Annual vaccination report of Bihar and Orissa - 1911-1928
Year: 1911
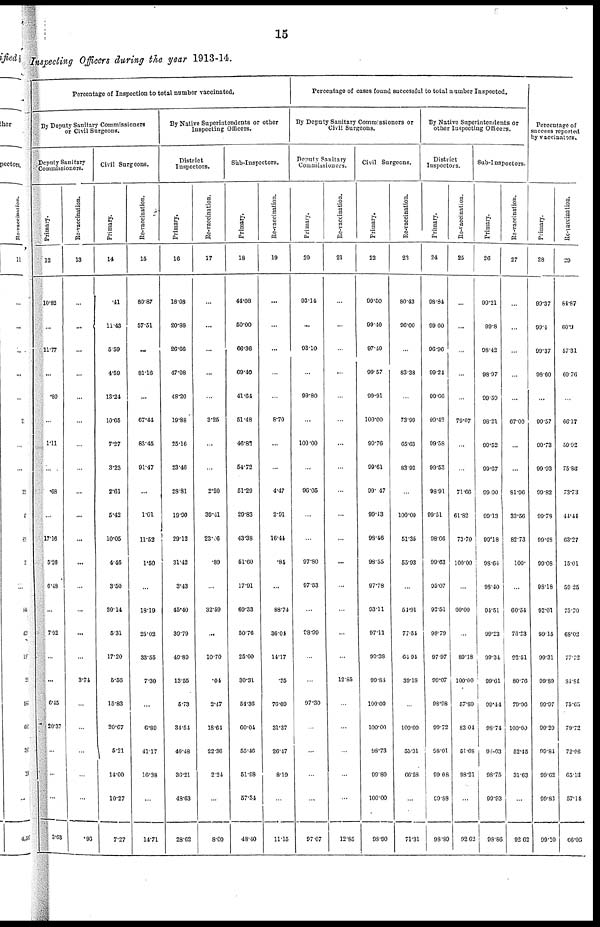
15
Inspecting Officers during the year 1913-14.
Percentage of Inspection to total number vaccinated.
By Deputy Sanitary Commissioners
or Civil Surgeons.
Deputy Sanitary
Commssioners.
Primary.
12
10.82
...
11.77
...
. 80
...
1.11
...
.03
...
17.16
5.26
6.43
...
7.02
...
...
6.45
20.37
...
...
...
3.63
Re-vaccination.
13
...
...
...
...
...
...
...
...
...
...
...
...
...
...
...
...
3.74
...
...
...
...
...
.96
Civil Surgeons.
Primary.
14
.41
11.43
5.59
4.59
13.24
10.65
7.27
3.23
2.61
5.42
10.05
4.46
3.50
20.14
5.31
17.20
5.56
15.83
20.67
5.21
14.00
10.27
7.27
Re-vaccination.
15
80.87
57.51
...
81.16
...
67.41
83.45
91.47
...
1.01
11.52
1.50
...
18.19
26.02
33.55
7.30
...
6.89
41.17
16.38
...
14.71
By Native Superintendents or other
Inspecting Officers.
District
Inspectors.
Primary.
16
18.08
20.88
26.66
47.08
48.20
19.88
25.16
23.46
28.81
19.90
29.12
31.42
3.43
45.40
39.79
49.89
13.55
5.73
34.54
40.48
36.21
48.63
28.62
Re-vaccination.
17
...
...
...
...
...
3.25
...
...
2.20
39.41
23.46
.89
...
32.50
...
10.70
.04
2.47
18.64
22.36
2.24
...
8.00
Sub-Inspectors.
Primary.
18
44.08
50.00
66.36
69.40
41.64
51.48
46.82
54.72
51.29
29.83
43.38
51.60
17.91
69.33
50.76
25.00
30.31
54.36
60.04
55.46
51.98
57.34
48.40
Re-vaccination.
19
...
...
...
...
...
8.70
...
...
4.47
2.91
16.44
.84
...
88.74
36.04
14.17
.25
76.60
31.37
26.47
8.19
...
11.15
Percentage of cases found successful to total number Inspected.
By Deputy Sanitary Commissioners or
Civil Surgeons.
Deputy Sanitary
Commissioners.
Primary.
20
93.14
...
93.10
...
99.80
...
100.00
...
96.05
...
...
97.80
97.63
...
98.99
...
97.30
...
...
...
...
97.07
Re-vaccination.
21
...
...
...
...
...
...
...
...
...
...
...
...
...
...
...
...
12.85
...
...
...
...
...
12.85
Civil Surgeons.
Primary.
22
99.50
99.40
97.40
99.57
99.91
100.00
99.76
99.61
99.47
99.43
98.46
98.55
97.78
93.11
97.11
99.38
99.84
100.00
100.00
98.73
99.80
100.00
98.00
Re-vaccination.
23
80.43
96.00
...
83.38
...
73.99
65.63
83.92
...
100.00
51.35
55.93
...
54.91
77.54
61.94
39.18
...
100.00
55.31
66.58
...
71.31
By Native Superintendents or
other Inspecting Officers.
District
Inspectors.
Primary.
24
98.84
99.60
96.96
99.24
99.06
99.42
09.58
99.53
98.91
99.51
98.66
99.63
95.07
92.51
98.79
97.97
99.07
98.98
90.72
98.01
99.08
99.88
98.89
Re-vaccination.
25
...
...
...
...
...
79.07
...
...
71.66
61.82
73.70
100.00
...
60.00
...
89.18
100.00
57.89
83.01
51.68
93.21
...
92.63
Sub-Inspectors.
Primary.
26
99.21
99.8
98.42
98.97
99.59
98.21
90.52
99.67
99.00
99.13
99.18
98.64
98.40
94.51
99.23
99.34
99.61
99.44
98.74
98.03
98.75
99.93
98.86
Re-vaccination.
27
...
...
...
...
...
67.00
...
...
81.96
33.56
82.73
100.
...
60.54
76.23
92.51
80.76
79.96
100.00
52.45
31.63
...
92.62
Percentage of
success reported
by vaccinators.
Primary.
28
98.37
99.4
99.37
98.60
...
99.57
99.73
99.93
99.82
99.78
99.43
99.08
98.18
92.01
99.15
99.31
99.89
99.97
99.20
99.84
99.62
99.83
99.10
Re-vaccination.
29
84.87
60.9
57.31
69.76
...
66.17
59.92
75.86
73.73
44.44
63.27
15.01
59.25
75.70
68.02
77.72
84.81
75.65
79.72
72.98
65.13
57.14
66.06